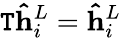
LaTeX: \mathtt{T}\mathbf{{\hat{{h}}}}_{i}^{L}=\mathbf{{\hat{{h}}}}_{i}^{L}